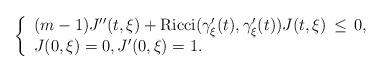
LaTeX: \begin{align*}\left\{ \begin{array}{l} (m-1)J''(t,\xi) + \mathrm{Ricci}(\gamma_{\xi}'(t), \gamma_{\xi}'(t))J(t,\xi)\, \leq\, 0,\\ J(0,\xi)=0, J' (0,\xi)=1.\end{array}\right.\end{align*}